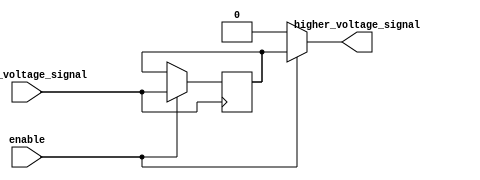
module voltage_level_shifter(
    input lower_voltage_signal,
    output higher_voltage_signal,
    input enable
);

// Input buffer
reg lower_voltage_signal_reg;
always @ (posedge lower_voltage_signal) begin
    if (enable) begin
        lower_voltage_signal_reg <= lower_voltage_signal;
    end
end

// Level shifting logic
assign higher_voltage_signal = enable ? lower_voltage_signal_reg : 1'b0;

endmodule